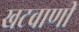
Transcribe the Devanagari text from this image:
खटवाणी